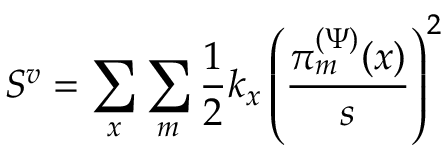
S ^ { v } = \sum _ { x } \sum _ { m } \frac { 1 } { 2 } k _ { x } \left( \frac { \pi _ { m } ^ { ( \Psi ) } ( x ) } { s } \right) ^ { 2 }